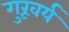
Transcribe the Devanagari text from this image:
गुरूवर्य